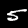
Digit: 5